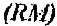
(RM)